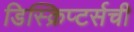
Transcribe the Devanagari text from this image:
डिस्क्रिप्टर्सची